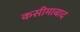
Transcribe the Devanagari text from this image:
कसीमाबाद